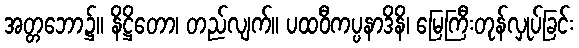
အတ္တဘော၌။ နိဋ္ဌိတော၊ တည်လျက်။ ပထဝီကပ္ပနာဒိနိ၊ မြေကြီးတုန်လှုပ်ခြင်း